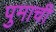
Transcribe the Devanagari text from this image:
पुमाची